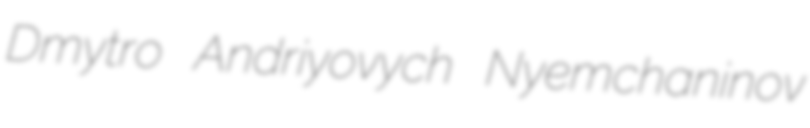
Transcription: Dmytro Andriyovych Nyemchaninov